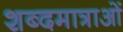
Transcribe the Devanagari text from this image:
शब्दमात्राओं